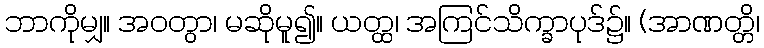
ဘာကိုမျှ။ အဝတွာ၊ မဆိုမူ၍။ ယတ္ထ၊ အကြင်သိက္ခာပုဒ်၌။ (အာဏတ္တိ၊